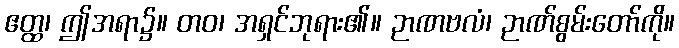
ဧတ္ထ၊ ဤအရာ၌။ တဝ၊ အရှင်ဘုရား၏။ ဉာဏဗလံ၊ ဉာဏ်စွမ်းတော်ကို။